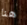
هنا